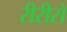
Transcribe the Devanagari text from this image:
रीरीरो